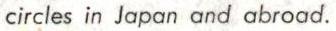
circles in Japan andabroad.